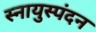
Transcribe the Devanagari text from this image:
स्नायुस्पंदन